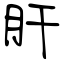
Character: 肝